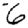
Digit: 6